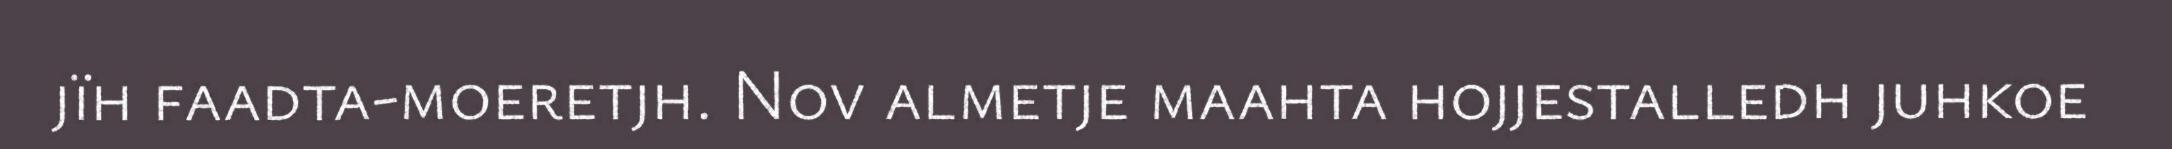
jïh faadta-moeretjh. Nov almetje maahta hojjestalledh juhkoe